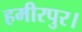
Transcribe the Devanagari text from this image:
हमीरपुर।